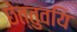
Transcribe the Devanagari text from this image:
छेत्तुवयि